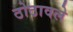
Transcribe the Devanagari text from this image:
ठोठावले